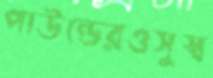
পাউন্ডেরওসুস্ব